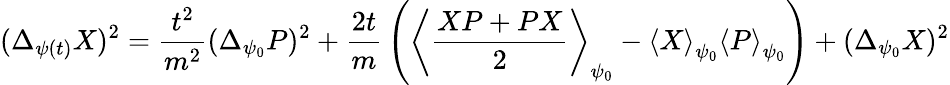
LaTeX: (\Delta_{\psi(t)}X)^{2}={\frac{t^{2}}{m^{2}}}(\Delta_{\psi_{0}}P)^{2}+{\frac{2t}{m}}\left(\left\langle{\frac{XP+PX}{2}}\right\rangle_{\psi_{0}}-\left\langle X\right\rangle_{\psi_{0}}\left\langle P\right\rangle_{\psi_{0}}\right)+(\Delta_{\psi_{0}}X)^{2}